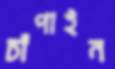
চাঁপাইন